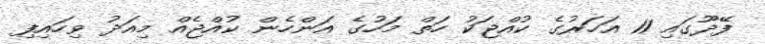
ފޭދޫގައި 11 އަހަރުގެ ކުއްޖަކު ހަތް މަހުގެ އަންހެން ކުއްޖެއް މިއަދު ވިހައިފި